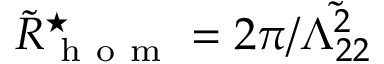
\tilde { R } _ { \mathrm { ~ h ~ o ~ m ~ } } ^ { \star } = 2 \pi / \tilde { \Lambda _ { 2 2 } ^ { 2 } }